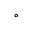
^ { \circ }